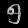
Digit: ၅